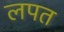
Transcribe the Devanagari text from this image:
लपत